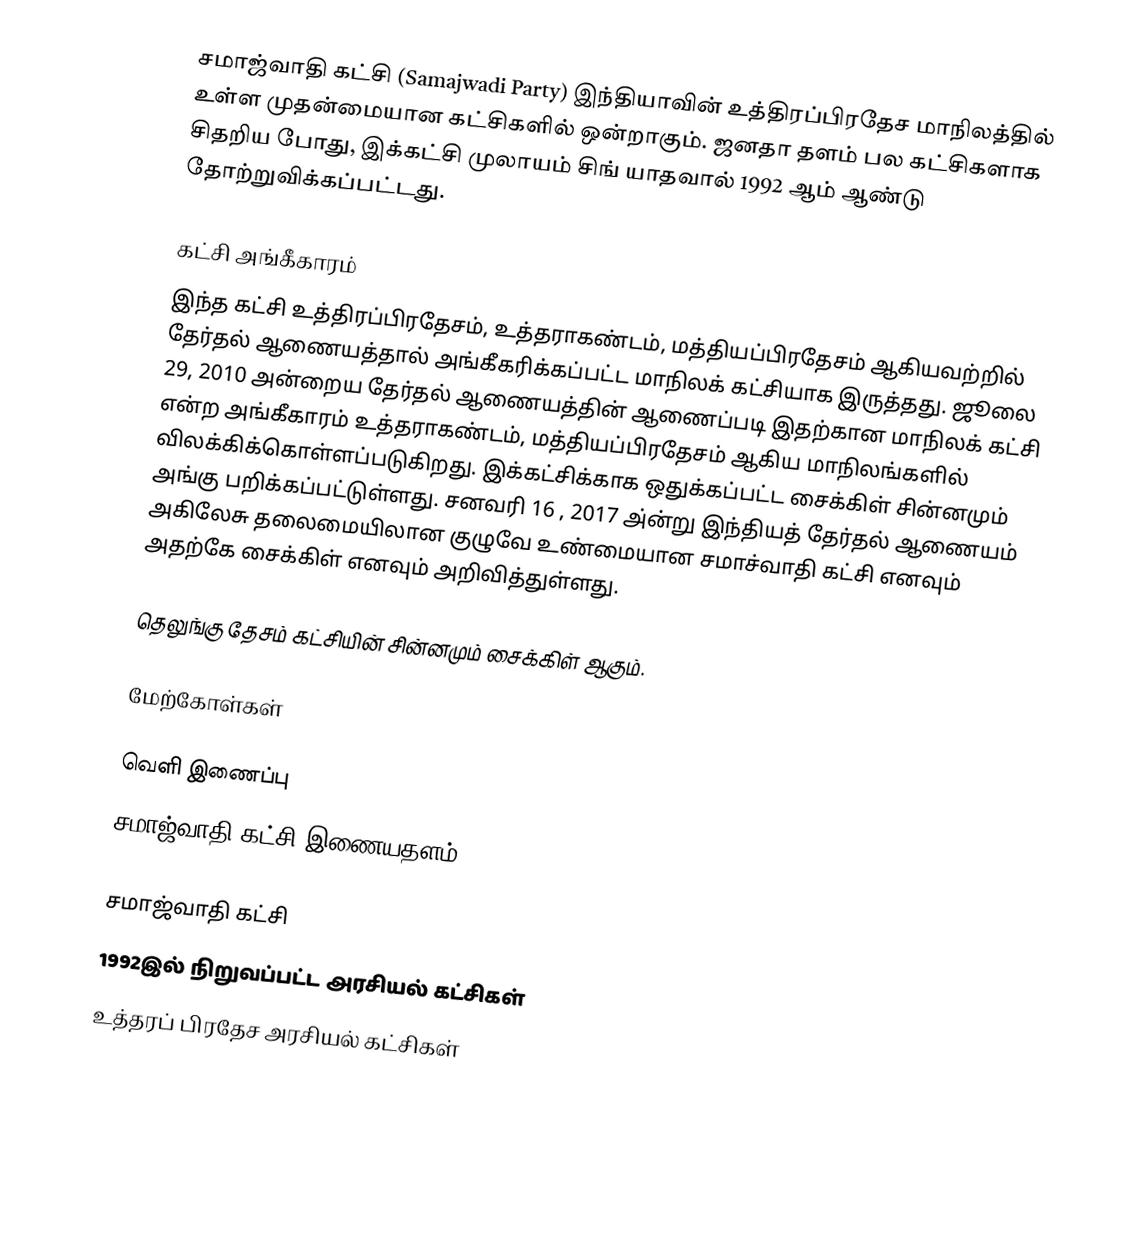
சமாஜ்வாதி கட்சி (Samajwadi Party) இந்தியாவின் உத்திரப்பிரதேச மாநிலத்தில் உள்ள முதன்மையான கட்சிகளில் ஒன்றாகும். ஜனதா தளம் பல கட்சிகளாக சிதறிய போது, இக்கட்சி முலாயம் சிங் யாதவால் 1992 ஆம் ஆண்டு தோற்றுவிக்கப்பட்டது.

கட்சி அங்கீகாரம்
இந்த கட்சி உத்திரப்பிரதேசம், உத்தராகண்டம், மத்தியப்பிரதேசம் ஆகியவற்றில் தேர்தல் ஆணையத்தால் அங்கீகரிக்கப்பட்ட மாநிலக் கட்சியாக இருத்தது. ஜூலை 29, 2010 அன்றைய தேர்தல் ஆணையத்தின் ஆணைப்படி இதற்கான மாநிலக் கட்சி என்ற அங்கீகாரம் உத்தராகண்டம், மத்தியப்பிரதேசம் ஆகிய மாநிலங்களில் விலக்கிக்கொள்ளப்படுகிறது. இக்கட்சிக்காக ஒதுக்கப்பட்ட சைக்கிள் சின்னமும் அங்கு பறிக்கப்பட்டுள்ளது. சனவரி 16 , 2017 அ்ன்று இந்தியத் தேர்தல் ஆணையம் அகிலேசு தலைமையிலான குழுவே உண்மையான சமாச்வாதி கட்சி எனவும் அதற்கே சைக்கிள் எனவும் அறிவித்துள்ளது.

தெலுங்கு தேசம் கட்சியின் சின்னமும் சைக்கிள் ஆகும்.

மேற்கோள்கள்

வெளி இணைப்பு
சமாஜ்வாதி கட்சி இணையதளம்

சமாஜ்வாதி கட்சி
1992இல் நிறுவப்பட்ட அரசியல் கட்சிகள்
உத்தரப் பிரதேச அரசியல் கட்சிகள்